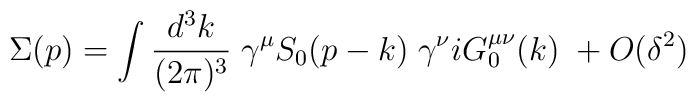
\Sigma(p)=\int {\frac {d^3k}{(2\pi)^3}} \;\gamma^\mu S_0(p-k)\; \gamma^\nu i G^{\mu \nu}_0(k) \; +O(\delta^2)